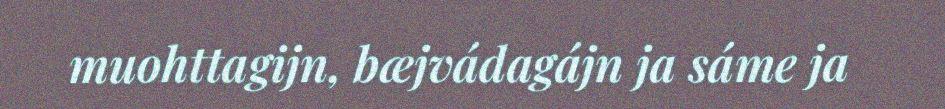
muohttagijn, bæjvádagájn ja sáme ja